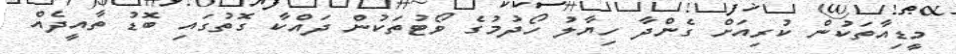
މީޑިއާތަކުން ކުރިއަށް ގެންދާ ހިޔާލު ހޯދުމުގެ ވޯޓުތަކުން ދައްކާ ގޮތުގައި ބޮޑު ތާއީދެއް